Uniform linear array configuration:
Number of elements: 64
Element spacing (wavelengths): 1
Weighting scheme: hann
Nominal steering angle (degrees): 45
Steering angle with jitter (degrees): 45.888
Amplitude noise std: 0.05
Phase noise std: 0.05

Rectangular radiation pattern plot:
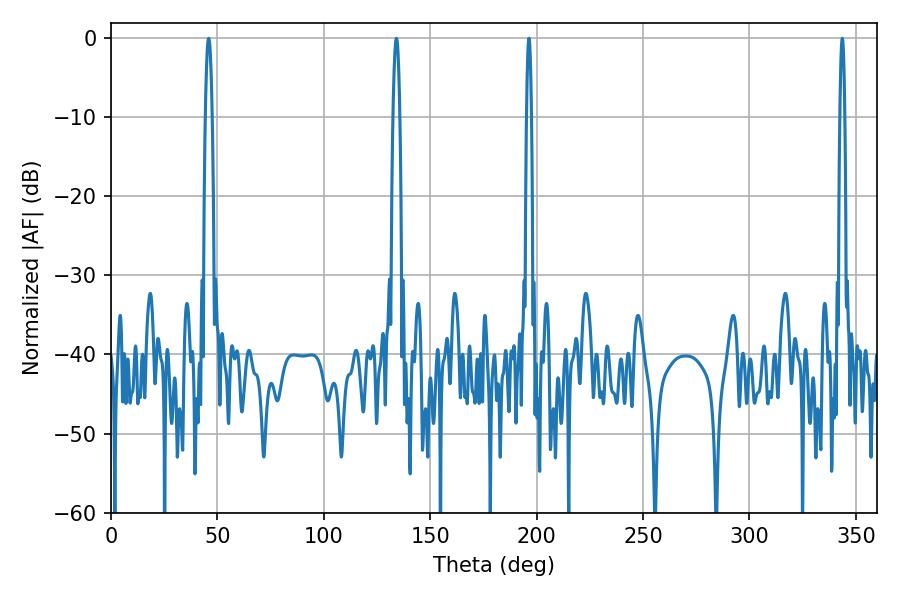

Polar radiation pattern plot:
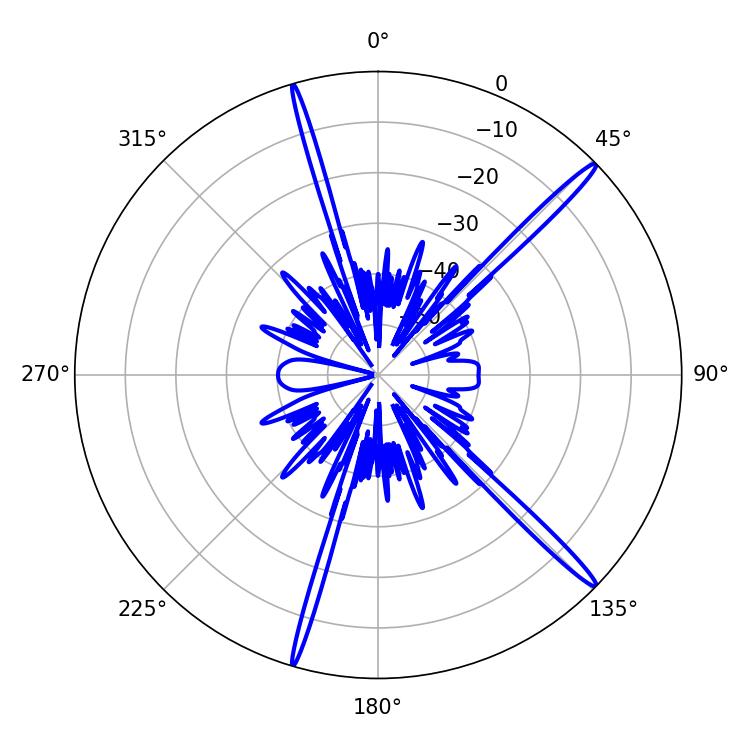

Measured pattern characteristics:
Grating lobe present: TRUE
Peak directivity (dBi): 17.556
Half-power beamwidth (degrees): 1.08
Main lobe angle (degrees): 196.38